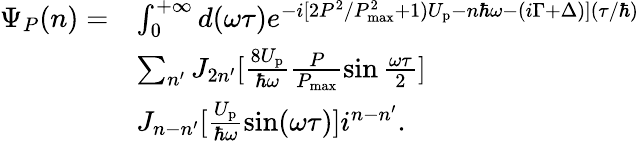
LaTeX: \begin{array}{rl}{\Psi_{P}(n)=}&{\int_{0}^{+\infty}d(\omega\tau)e^{-i[2{P^{2}}/{P_{\mathrm{max}}^{2}}+1)U_{\mathrm{p}}-n{\hbar\omega}-(i\Gamma+\Delta)]({\tau}/{\hbar})}}\\ &{\sum_{n^{\prime}}J_{2n^{\prime}}[\frac{8U_{\mathrm{p}}}{\hbar\omega}\frac{P}{P_{\mathrm{max}}}\sin\frac{\omega\tau}{2}]}\\ &{J_{n-n^{\prime}}[\frac{U_{\mathrm{p}}}{\hbar\omega}\sin(\omega\tau)]i^{n-n^{\prime}}.}\end{array}